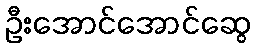
ဦးအောင်အောင်ဆွေ